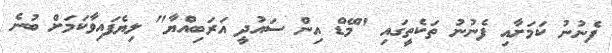
ފެނުނު ކަމަށާއި ފެނުނު ތަކެތީގައި "މޭޑް އިން ސައުދީ އަރަބިއްޔާ" ލިޔެފައިވާކަމަށް ބުނެ